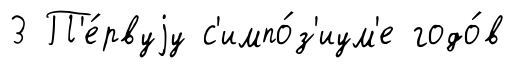
3 П'е́рвуjу с'импо́з'иум'е годо́в